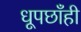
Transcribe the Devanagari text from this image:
धूपछाँही